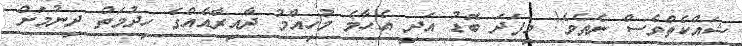
ޝައްކެތްވެސް ނެތެވެ! މިފަދަ ބޮޑު އަދި އެހާމެ މުހިއްމު ދާއިރާއެއްގެ ހިދުމަތް ދިނުމަށް